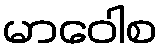
မာဝေါစ